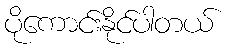
ပိုကောင်းနိုင်ပါတယ်